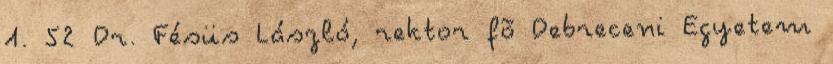
1. 52 Dr. Fésüs László, rektor fõ Debreceni Egyetem